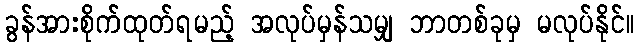
ခွန်အားစိုက်ထုတ်ရမည့် အလုပ်မှန်သမျှ ဘာတစ်ခုမှ မလုပ်နိုင်။